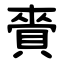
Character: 賫